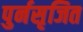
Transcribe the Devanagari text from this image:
पुर्नसृजित